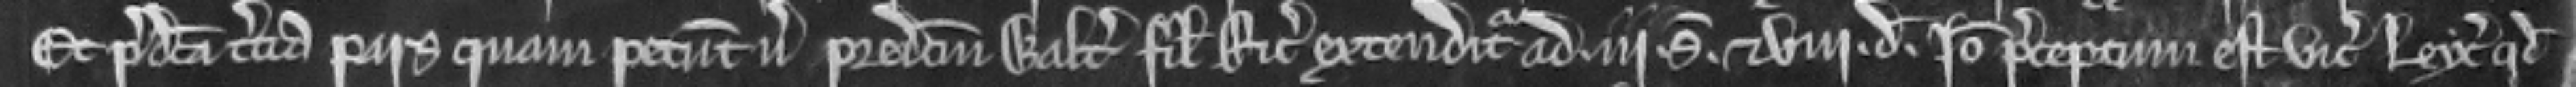
Et predicta tercia pars quam petunt versus predictum Walterum filium Ricardi extenditur ad iii solidos et viii denarios. Ideo preceptum est vicecomiti Leyc quod